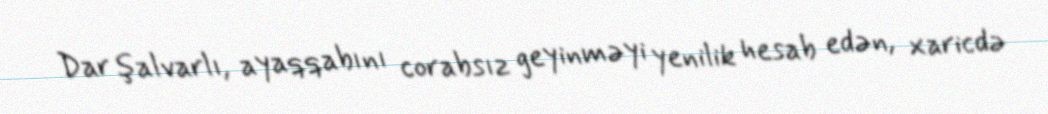
Dar şalvarlı, ayaqqabını corabsız geyinməyi yenilik hesab edən, xaricdə